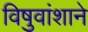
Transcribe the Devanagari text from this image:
विषुवांशाने